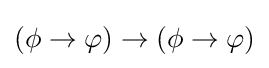
(\phi \to \varphi )\to (\phi \to \varphi )